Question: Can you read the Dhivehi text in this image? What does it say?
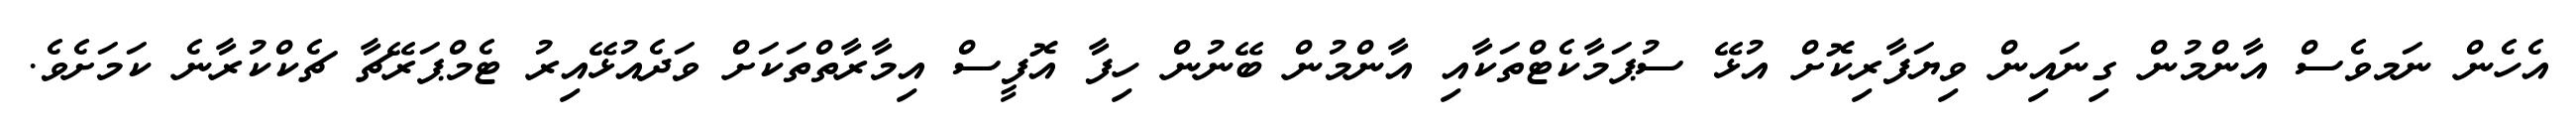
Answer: އެހެން ނަމވެސް އާންމުން ގިނައިން ވިޔަފާރިކޮށް އުޅޭ ސުޕަމާކެޓްތަކާއި އާންމުން ބޭނުން ހިފާ އޮފީސް އިމާރާތްތަކަށް ވަދެއުޅޭއިރު ޓެމްޕަރޭޗާ ޗެކްކުރާނެ ކަމަށެވެ.